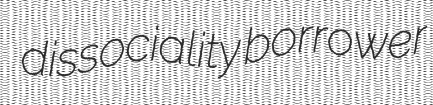
dissociality borrower